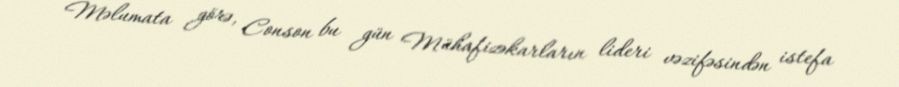
Məlumata görə, Conson bu gün Mühafizəkarların lideri vəzifəsindən istefa